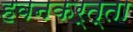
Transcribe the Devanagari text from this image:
हवनकर्त्ता